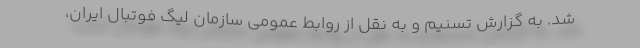
شد. به گزارش تسنیم و به نقل از روابط عمومی سازمان لیگ فوتبال ایران،